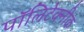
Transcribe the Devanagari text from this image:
पॉलिटेक्‍नीक